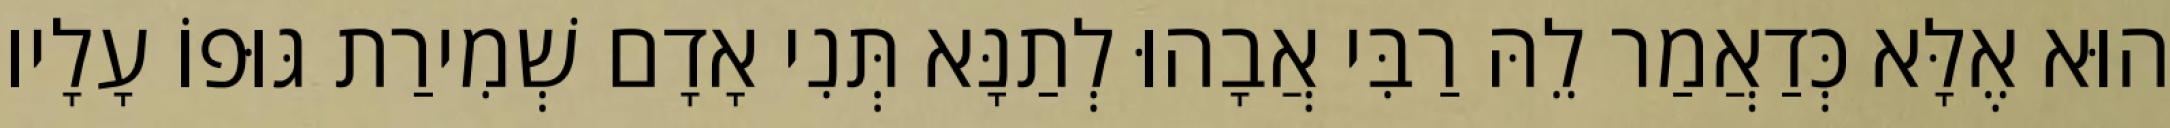
הוּא אֶלָּא כְּדַאֲמַר לֵהּ רַבִּי אֲבָהוּ לְתַנָּא תְּנִי אָדָם שְׁמִירַת גּוּפוֹ עָלָיו